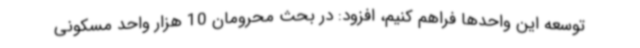
توسعه این واحدها فراهم کنیم، افزود: در بحث محرومان 10 هزار واحد مسکونی